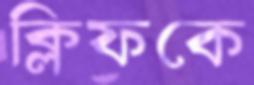
ক্লিফকে